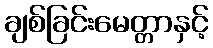
ချစ်ခြင်းမေတ္တာနှင့်